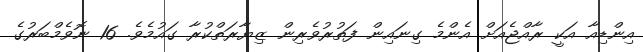
އިންޑިއާ އަކީ ރާއްޖެއަށް އެންމެ ގިނައިން ފަތުރުވެރިން ޒިޔާރަތްކުރާ ގައުމެވެ. 16 ނޮވެމްބަރުގެ